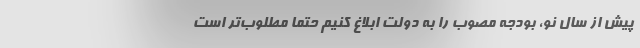
پیش از سال نو، بودجه مصوب را به دولت ابلاغ کنیم حتما مطلوب‌تر است